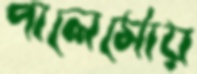
পালের্মোয়